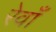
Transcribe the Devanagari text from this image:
रेवाँ